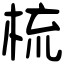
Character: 梳